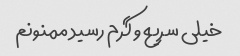
خیلی سریع و گرم رسید ممنونم